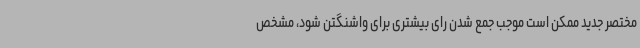
مختصر جدید ممکن است موجب جمع شدن رای بیشتری برای واشنگتن شود، مشخص